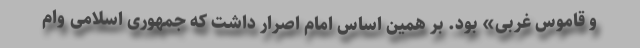
و قاموس غربی» بود. بر همین اساس امام اصرار داشت که جمهوری اسلامی وام